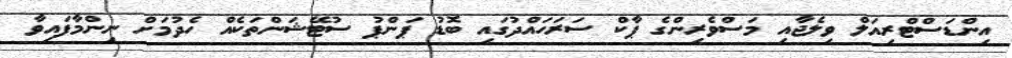
އިންޑަސްޓްރިއަލް ވިލެޖާއި މަސްވެރިންގެ ޕާކް ސަރަހައްދުގައި ބޮޑު ޕަންޕު ސުޓޭޝަންތަކެއް ހެދުމަށް ނިންމާފައިވާ